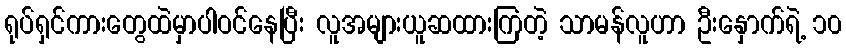
ရုပ်ရှင်ကားတွေထဲမှာပါဝင်နေပြီး လူအများယူဆထားကြတဲ့ သာမန်လူဟာ ဦးနှောက်ရဲ့ ၁၀